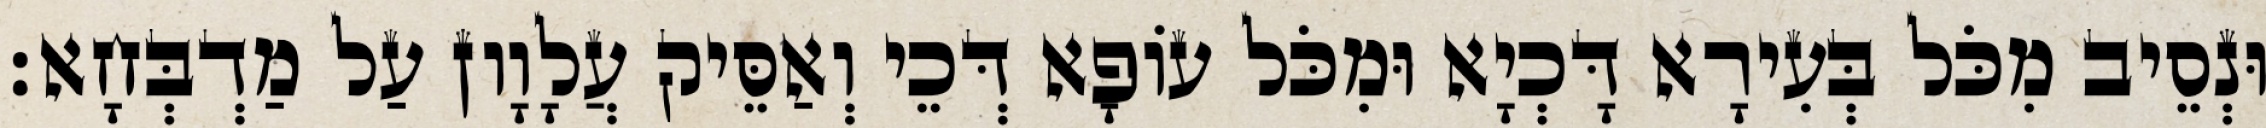
וּנְסֵיב מִכֹּל בְּעִירָא דָּכְיָא וּמִכֹּל עוֹפָא דְּכֵי וְאַסֵּיק עֲלָוָון עַל מַדְבְּחָא׃